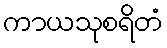
ကာယသုစရိတံ